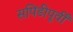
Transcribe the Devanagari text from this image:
सपिंडीपूर्वीं